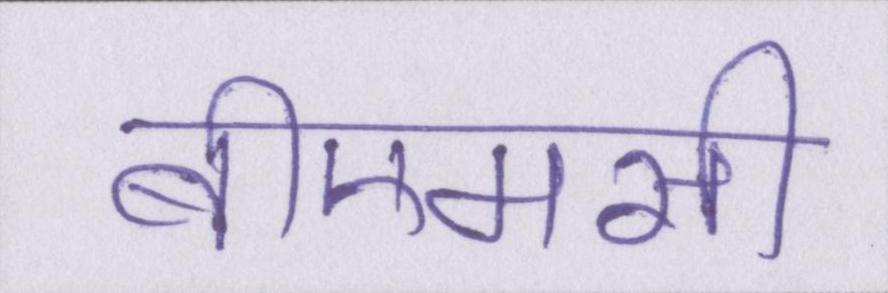
बीएमसी